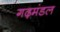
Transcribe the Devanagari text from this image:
गढ़मंडल